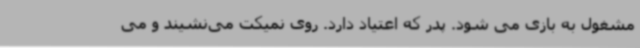
مشغول به بازی می شود. پدر که اعتیاد دارد. روی نمیکت می‌نشیند و می